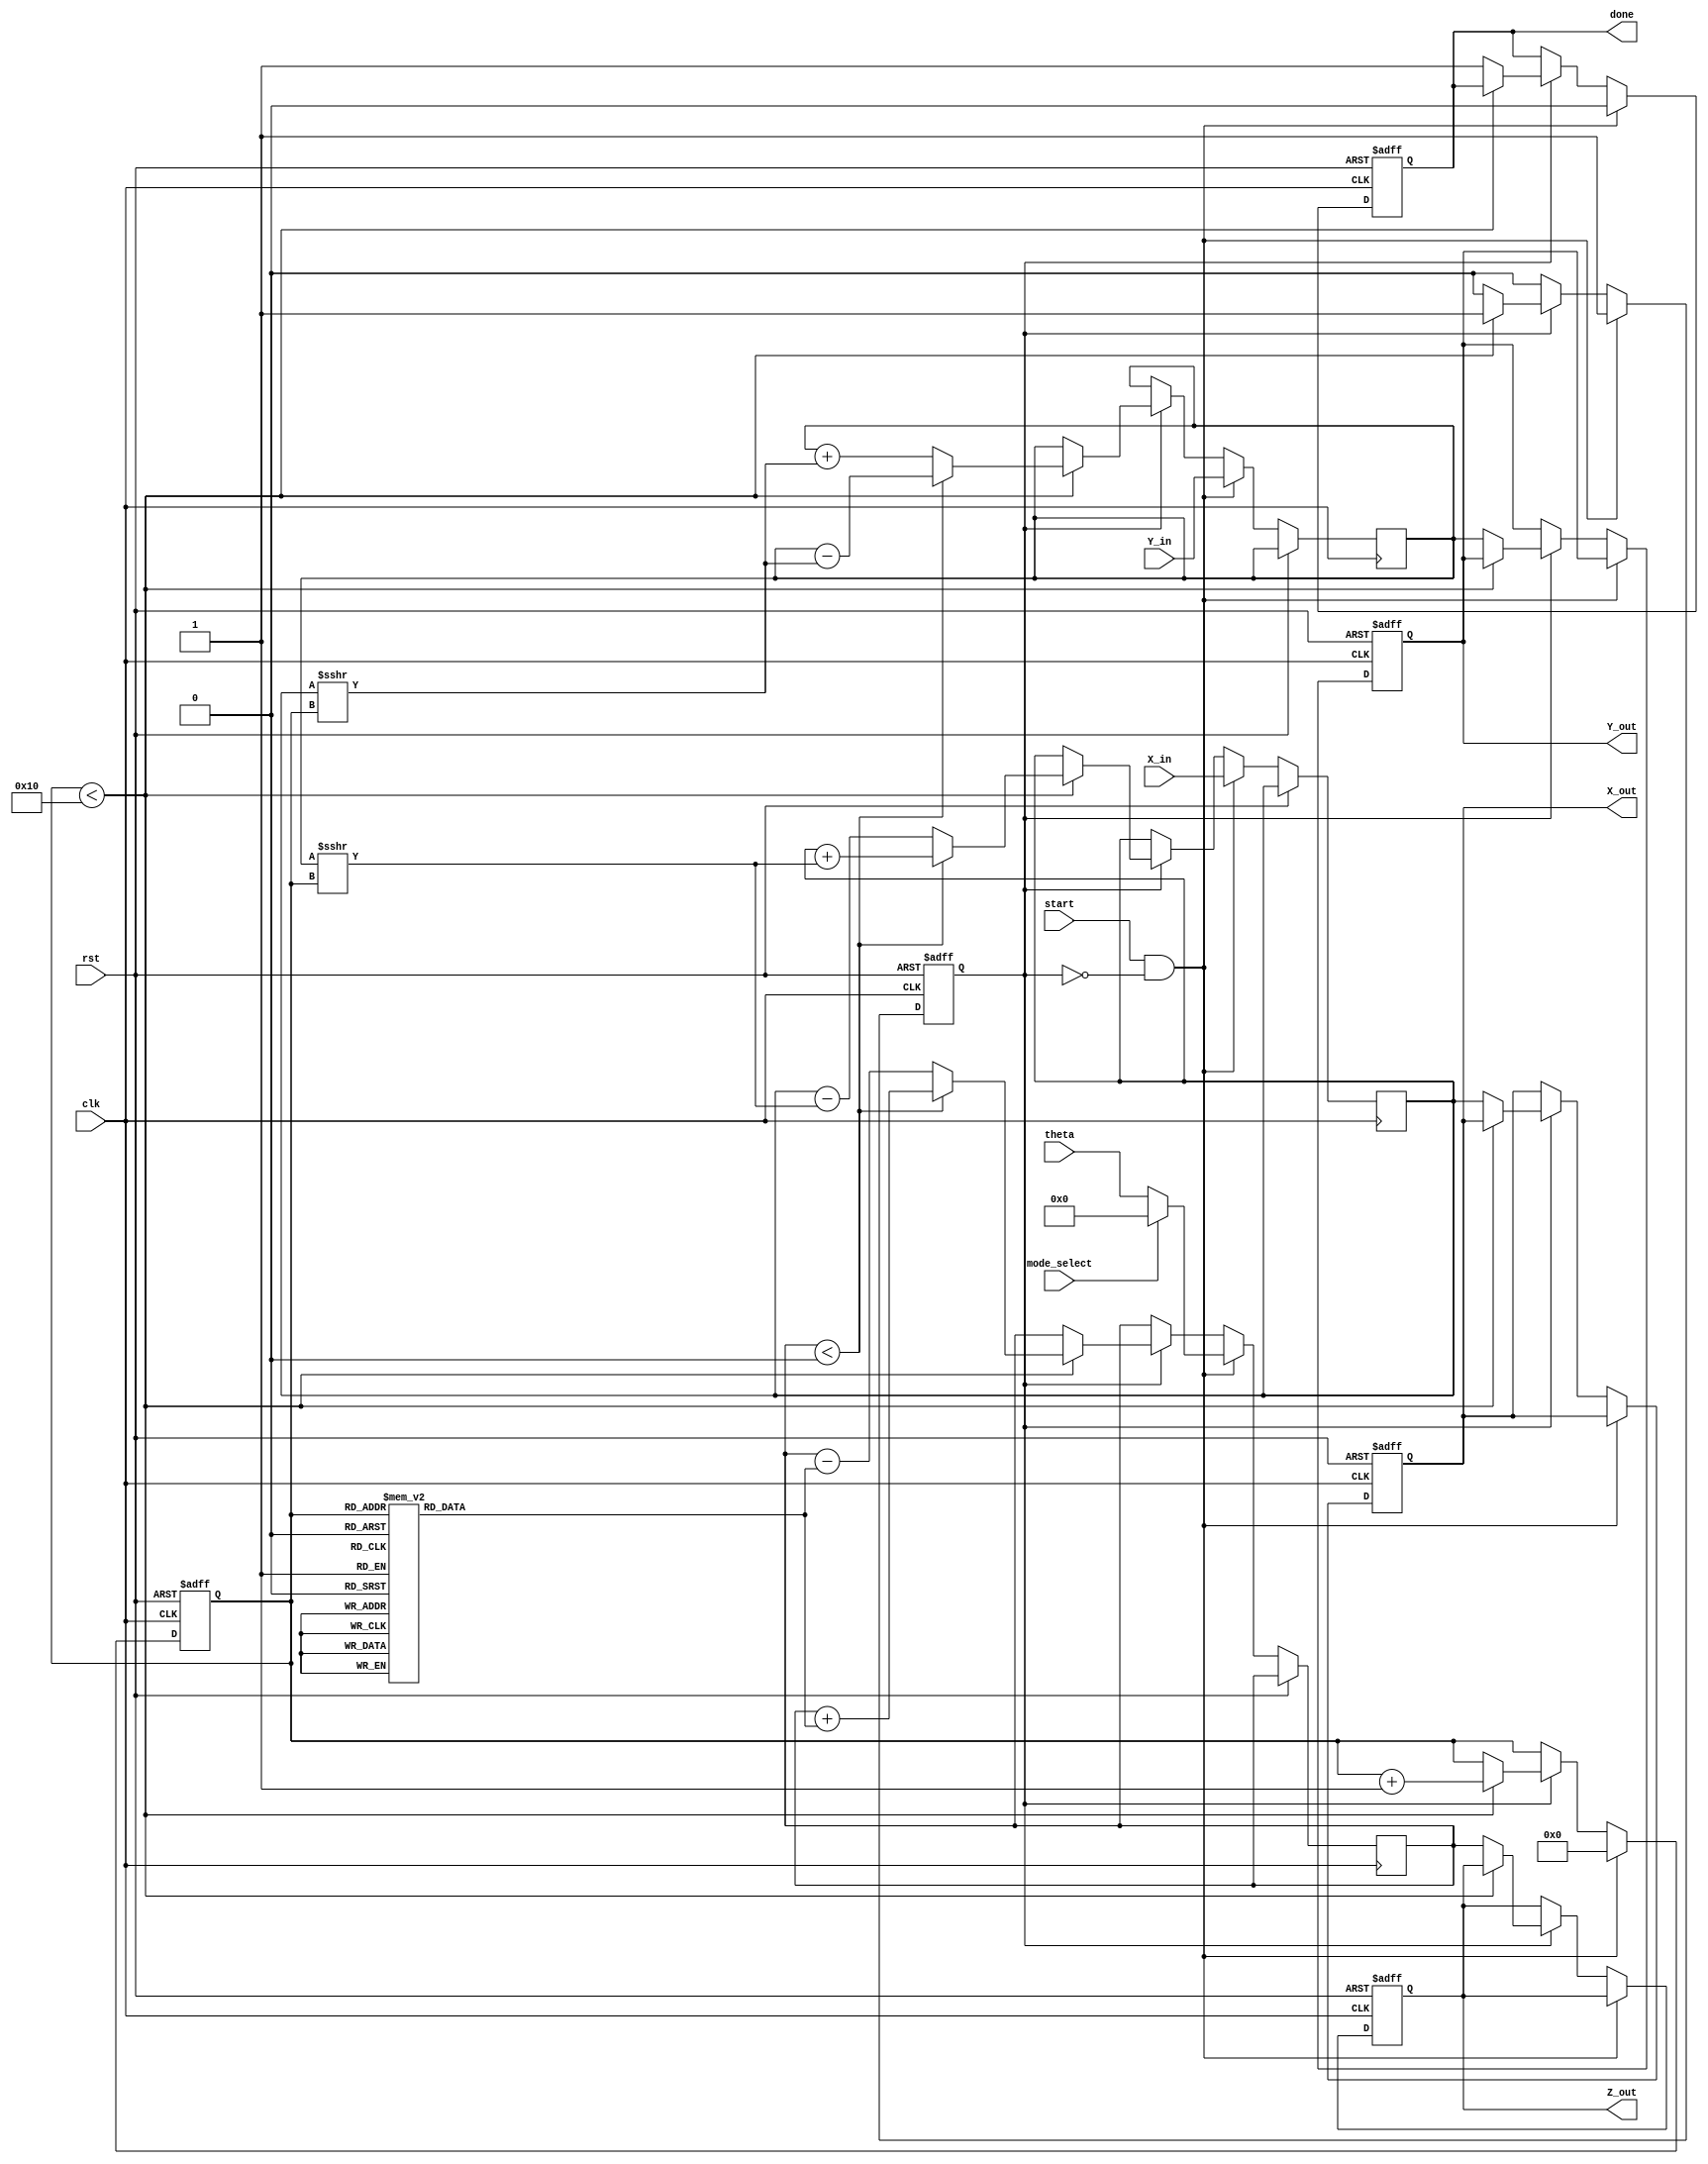
module cordic_fixed_point #(
    parameter WORD_LENGTH = 16,      // Total number of bits
    parameter FRACTIONAL_BITS = 14,   // Number of fractional bits
    parameter ITERATIONS = 16          // Number of iterations
)(
    input wire clk,                   // Clock signal
    input wire rst,                   // Reset signal
    input wire start,                 // Start signal for computation
    input wire mode_select,           // Mode select: 0 for rotation, 1 for vectoring
    input wire signed [WORD_LENGTH-1:0] theta, // Angle input (fixed-point)
    input wire signed [WORD_LENGTH-1:0] X_in,  // Initial X input
    input wire signed [WORD_LENGTH-1:0] Y_in,  // Initial Y input
    output reg signed [WORD_LENGTH-1:0] X_out,  // X output
    output reg signed [WORD_LENGTH-1:0] Y_out,  // Y output
    output reg signed [WORD_LENGTH-1:0] Z_out,  // Z output (for vectoring mode)
    output reg done                    // Done signal
);

    // CORDIC constants (arctan values for each iteration)
    reg signed [WORD_LENGTH-1:0] atan_table [0:ITERATIONS-1];
    initial begin
        atan_table[0] = 16'h2000; // atan(2^-0) = 0.5 (fixed-point)
        atan_table[1] = 16'h1333; // atan(2^-1) = 0.3333
        atan_table[2] = 16'h0A3D; // atan(2^-2) = 0.25
        atan_table[3] = 16'h0524; // atan(2^-3) = 0.125
        atan_table[4] = 16'h028F; // atan(2^-4) = 0.0625
        atan_table[5] = 16'h0143; // atan(2^-5) = 0.03125
        atan_table[6] = 16'h00A2; // atan(2^-6) = 0.015625
        atan_table[7] = 16'h0051; // atan(2^-7) = 0.0078125
        atan_table[8] = 16'h0028; // atan(2^-8) = 0.00390625
        atan_table[9] = 16'h0014; // atan(2^-9) = 0.001953125
        atan_table[10] = 16'h000A; // atan(2^-10) = 0.0009765625
        atan_table[11] = 16'h0005; // atan(2^-11) = 0.00048828125
        atan_table[12] = 16'h0002; // atan(2^-12) = 0.000244140625
        atan_table[13] = 16'h0001; // atan(2^-13) = 0.0001220703125
        atan_table[14] = 16'h0001; // atan(2^-14) = 0.00006103515625
        atan_table[15] = 16'h0000; // atan(2^-15) = 0.000030517578125
    end

    // Internal registers
    reg signed [WORD_LENGTH-1:0] x_reg, y_reg, z_reg;
    reg [3:0] iteration_count;
    reg computing;

    // Main CORDIC computation process
    always @(posedge clk or posedge rst) begin
        if (rst) begin
            X_out <= 0;
            Y_out <= 0;
            Z_out <= 0;
            done <= 0;
            computing <= 0;
            iteration_count <= 0;
        end else if (start && !computing) begin
            // Initialize values
            x_reg <= X_in;
            y_reg <= Y_in;
            z_reg <= mode_select ? 0 : theta; // Set Z to 0 for rotation mode
            iteration_count <= 0;
            computing <= 1;
            done <= 0;
        end else if (computing) begin
            if (iteration_count < ITERATIONS) begin
                // CORDIC rotation logic
                if (z_reg < 0) begin
                    // Rotate clockwise
                    x_reg <= x_reg + (y_reg >>> iteration_count);
                    y_reg <= y_reg - (x_reg >>> iteration_count);
                    z_reg <= z_reg + atan_table[iteration_count];
                end else begin
                    // Rotate counter-clockwise
                    x_reg <= x_reg - (y_reg >>> iteration_count);
                    y_reg <= y_reg + (x_reg >>> iteration_count);
                    z_reg <= z_reg - atan_table[iteration_count];
                end
                iteration_count <= iteration_count + 1;
            end else begin
                // Finished computation
                X_out <= x_reg;
                Y_out <= y_reg;
                Z_out <= z_reg; // Only valid in vectoring mode
                done <= 1;
                computing <= 0;
            end
        end
    end

endmodule